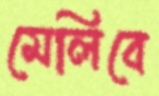
মেলিবে